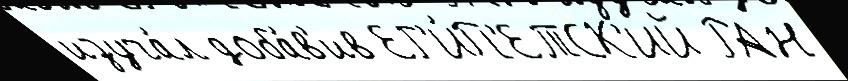
изуча́л доба́в'ив ЕГ'И́П'ЕТСК'ИЙ РАН